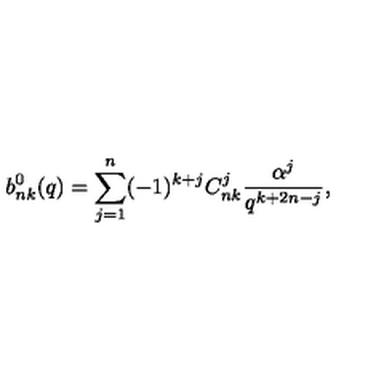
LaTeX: b _ { n k } ^ { 0 } ( q ) = \sum _ { j = 1 } ^ { n } ( - 1 ) ^ { k + j } C _ { n k } ^ { j } \frac { \alpha ^ { j } } { q ^ { k + 2 n - j } } ,